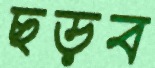
ছড়ব